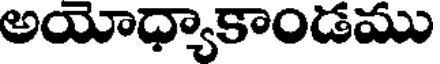
అయోధ్యాకాండము